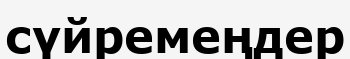
сүйремеңдер